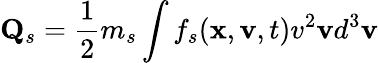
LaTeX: \mathbf{Q}_{s}=\frac{1}{2}m_{s}\int f_{s}(\mathbf{x},\mathbf{v},t)v^{2}\mathbf{v}d^{3}\mathbf{v}